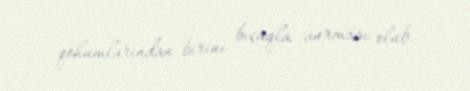
qohumlarından birini bıçaqla vurması olub.